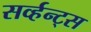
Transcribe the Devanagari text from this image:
सर्व्हन्ट्स